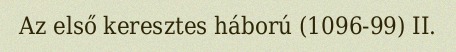
Az első keresztes háború (1096-99) II.